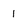
Character: 1